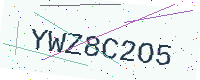
Text: YWZ8C2O5